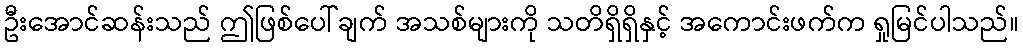
ဦးအောင်ဆန်းသည် ဤဖြစ်ပေါ်ချက် အသစ်များကို သတိရှိရှိနှင့် အကောင်းဖက်က ရှုမြင်ပါသည်။